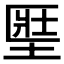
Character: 𡍱